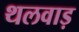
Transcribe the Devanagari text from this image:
थलवाड़